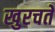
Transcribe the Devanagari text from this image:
खुरचते